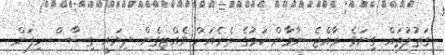
ގަތުލުތައް ގިނަވެ ރާއްޖެ ނާމާން ކަމުގެ ތެރެއަށް ވެއްޓިގެން ދިޔައީ ގިސާސް ހިފަން